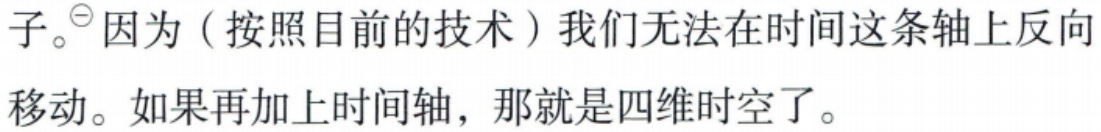
子。$^{\ominus}$因为（按照目前的技术）我们无法在时间这条轴上反向移动。如果再加上时间轴，那就是四维时空了。